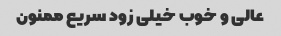
عالی و خوب خیلی زود سریع ممنون